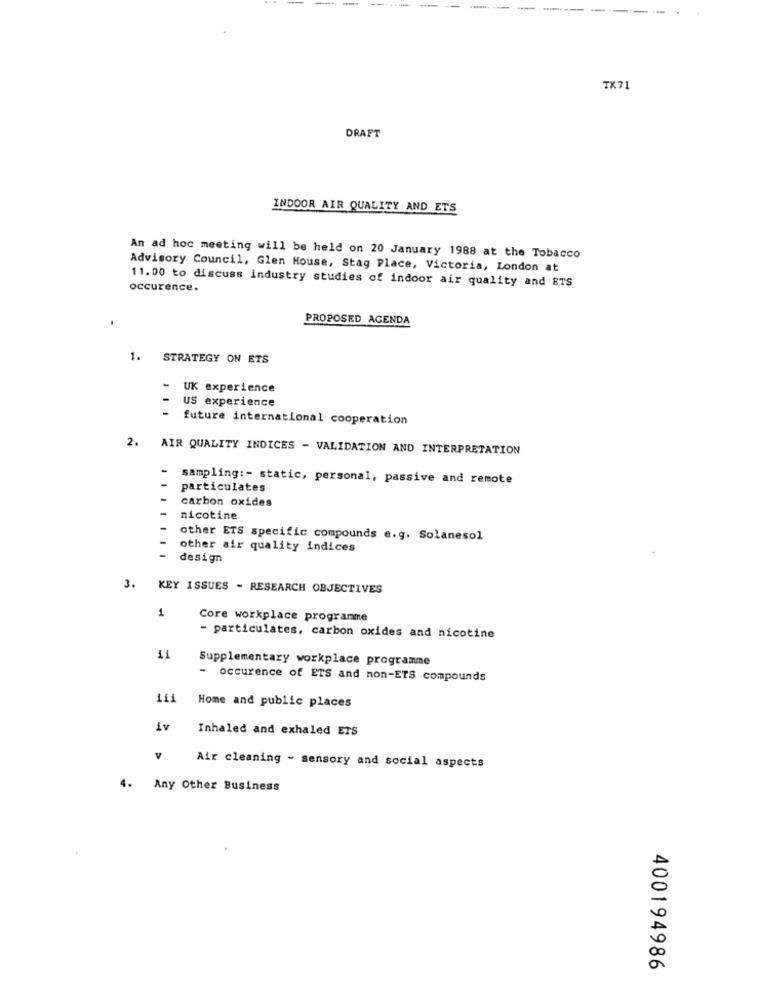
---
TX71
DRAFT
INDOOR AIR QUALITY AND ETS
An ad hoc meeting will be held on 20 January 1988 at the Tobacco
Advisory Council, Glen House, Stag Place, Victoria, London at
occurence.
11.00 to discuss industry studies of indoor air quality and ETS
PROPOSED AGENDA
1. STRATEGY ON ETS
-
UK experience
US experience
future international cooperation
2.
AIR QUALITY INDICES - VALIDATION AND INTERPRETATION
sampling :- static, personal, passive and remote
particulates
carbon oxides
nicotine
other ETS specific compounds e.g. Solanesol
other air quality indices
design
3. KEY ISSUES - RESEARCH OBJECTIVES
1
Core workplace programme
- particulates, carbon oxides and nicotine
11
Supplementary workplace programme
-
occurence of ETS and non-ETS compounds
111
Home and public places
1V
Inhaled and exhaled ETS
V
Air cleaning - sensory and social aspects
4. Any Other Business
400194986